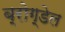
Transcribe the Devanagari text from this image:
ब्रोग्डेल